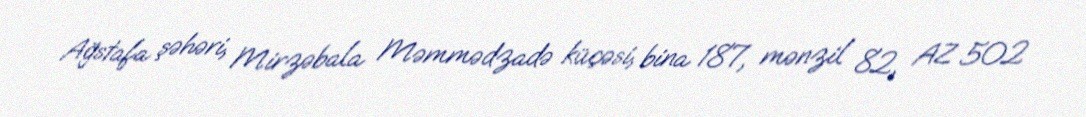
Ağstafa şəhəri, Mirzəbala Məmmədzadə küçəsi, bina 187, mənzil 82, AZ 502